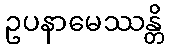
ဥပနာမေဿန္တိ